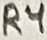
Text: R4